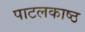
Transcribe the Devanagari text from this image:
पाटलकाष्ठ